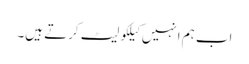
اب ہم انہیں کیلکولیٹ کرتے ہیں۔